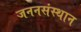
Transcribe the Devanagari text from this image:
जननसंस्थान